Document type: Oath
Year: 1447
Scribe: Pere Figuerola
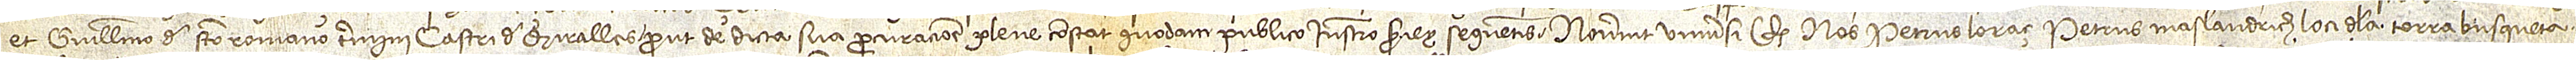
et Guillermo de Sancto Romano, termini castri de Miralles, prout de dicta sua procuracione plene constat quodam publico instrumento seriey sequentis:  Noverint universi quod nos Petrus Loraç, Petrus Maslandrich, loci de la Torra Busqueta,